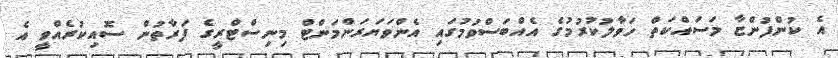
އެ ކުންފުންޏާ މަސައްކަތް ހަވާލުކުރުމުގެ އެއްބަސްވުމުގައި އެންވަޔަރަންމަންޓް މިނިސްޓްރީގެ ފަރާތުން ސޮއިކުރެއްވީ އެ